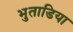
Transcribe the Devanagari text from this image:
भुताडिया